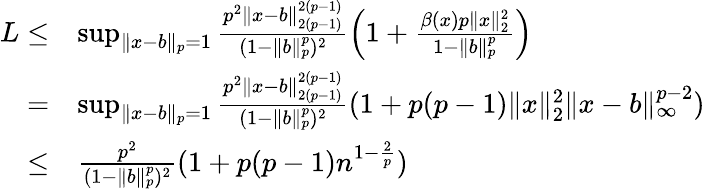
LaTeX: \begin{array}{rl}{L\leq}&{\operatorname*{sup}_{\| x-b\| _{p}=1}\frac{p^{2}\| x-b\| _{2(p-1)}^{2(p-1)}}{(1-\| b\| _{p}^{p})^{2}}\left(1+\frac{\beta(x)p\| x\| _{2}^{2}}{1-\| b\| _{p}^{p}}\right)}\\ {=}&{\operatorname*{sup}_{\| x-b\| _{p}=1}\frac{p^{2}\| x-b\| _{2(p-1)}^{2(p-1)}}{(1-\| b\| _{p}^{p})^{2}}(1+p(p-1)\| x\| _{2}^{2}\| x-b\| _{\infty}^{p-2})}\\ {\leq}&{\frac{p^{2}}{(1-\| b\| _{p}^{p})^{2}}(1+p(p-1)n^{1-\frac{2}{p}})}\end{array}